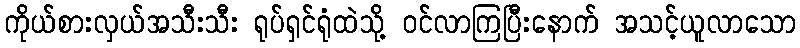
ကိုယ်စားလှယ်အသီးသီး ရုပ်ရှင်ရုံထဲသို့ ဝင်လာကြပြီးနောက် အသင့်ယူလာသော